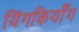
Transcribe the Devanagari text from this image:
यिंगकियाँग